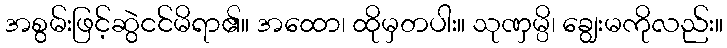
အစွမ်းဖြင့်ဆွဲငင်မိရာ၏။ အထော၊ ထိုမှတပါး။ သုဏှမ္ပိ၊ ချွေးမကိုလည်း။